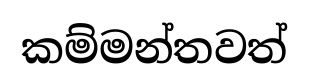
කම්මන්තවත්